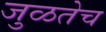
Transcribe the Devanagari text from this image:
जुळतेच